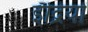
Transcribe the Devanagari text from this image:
इँद्रियों